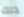
ذلك